Civil Veterinary Department Bihar & Orissa reports 1911-21 - 1911-1921
Year: 1911
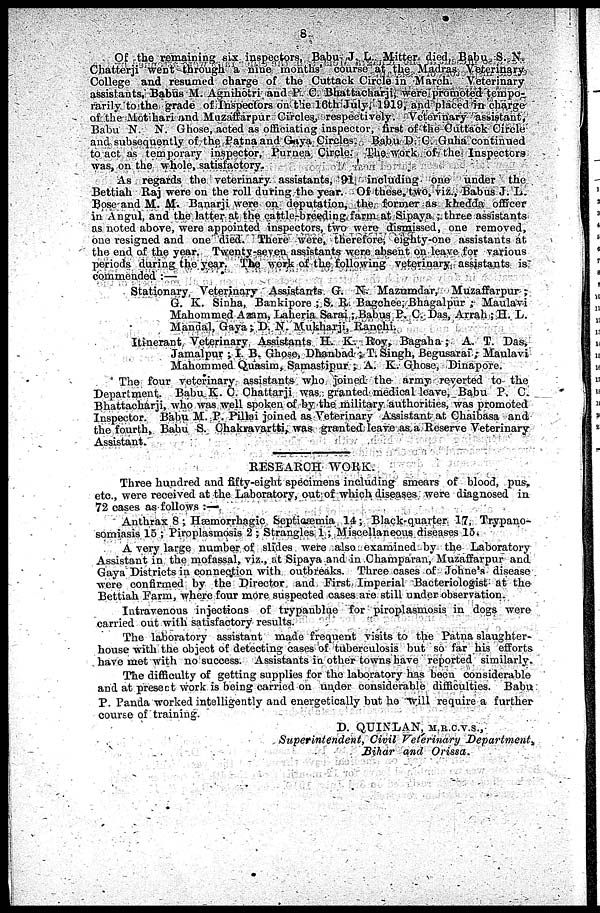
8
Of the remaining six inspectors, Babu J. L. Mitter died, Balm S. X.
Chatterji went through a nine months' course at the Madras Veterinary
College and resumed charge of the Cuttack Circle in March. Veterinary
assistants, Babus M. Agnihotri and P C. Bhattacharji were promoted tempo-
rarily to the grade of Inspectors on the 16th July, 1919, and placed in charge
of the Motihari and Muzaffarpur Circles, respectively. Veterinary assistant,
Babu N. N. Ghose, acted as officiating inspector, first of the Cuttack Circle
and subsequently of the Patna and Gaya Circles. Babu D. C Guha continued
to act as temporary inspector, Purnea Circle. The work of the Inspectors
was, on the whole, satisfactory.
As regards the veterinary assistants, 91 including one under the
Bettiah Raj were on the roll during the year. Of these, two, viz., Babus J. L.
Bose and M. M. Banarji were on deputation, the former as khedda officer
in Angul, and the hitter at the cattle-breeding farm at Sipaya ; three assistants
as noted above, were appointed inspectors, two were dismissed, one removed,
one resigned and one died. There were, therefore., eighty-one assistants at
the end of the year. Twenty-seven assistants were absent on leave for various
periods during the year. The work of the following veterinary assistants is
commended :—
Stationary Veterinary Assistants G. N. Mazumdar, Muzaffarpur ;
G. K. Sinha, Barkipore ; S. R. Bagchee, Bhngalpur ; Maulavi
Mahommed Azam, Laheria Sarai ;Babus P. C. Das, Arrah; 11. L.
Manual, Gaya; D. N. Mukharji, Ranchi.
Itinerant Veterinary Assistants H. K. Roy, Bagaha ; A. T. Das,
Jamalpur ; I. B. Ghose, Dhanbad ; T.Singh, Begusarai; Maulavi
Mahommed Quasim, Samastipur ; A. K. Ghose, Dinapore.
The four veterinary assistants who joined the army reverted to the
Department. Babu K. C. Chattarji was granted medical leave, Babu P. C.
Bhattacharji, who was well spoken of by the military authorities, was promoted
Inspector. Babu M. P. Pillai joined as Veterinary Assistant at Chaibasa and
the fourth, Babu S. Chakravartti, was granted leave as a Reserve Veterinary
Assistant.
RESEARCH WORK.
Three hundred and fifty-eight specimens including smears of blood, pus,
etc., were received at the Laboratory, out of which diseases were diagnosed in
72 cases as follows :—
Anthrax 8 ; Hæmorrhagic Septicæmia 14; Black-quarter 17, Trypano-
somiasis 15 ; Piroplasmosis 2 ; Strangles 1 ; Miscellaneous diseases 15.
A very large number of slides were also examined by the Laboratory
Assistant in the mofassal, viz., at Sipaya and in Champaran, Muzaffarpur and
(Java Districts in connection with outbreaks. Three cases of Johne's disease
were confirmed by the Director and First Imperial Bacteriologist at the
Bettiah Farm, where four more suspected cases are still under observation.
Intravenous injections of trypanblue for piroplasmosis in dogs were
carried out with satisfactory results.
The laboratory assistant made frequent visits to the Patna slaughter-
house with the object of detecting cases of tuberculosis but so far his efforts
have met with no success. Assistants in other towns have reported similarly.
The difficulty of getting supplies for the laboratory has been considerable
and at present work is being carried on under considerable difficulties. Babu
P. Panda worked intelligently and energetically but ho Will require a further
D. QUINLAN, M.R.C.V.S.,
Superintendent,
Civil Veterinary
Department
Bihar and Orissa.